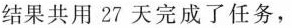
结果共用27天完成了任务，